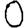
Digit: 0